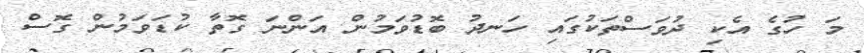
މަ ހުގެ އެކި ދުވަސްތަކުގައި ހަނދު ބޮޑުވަމުން އަންނަ ގޮތާ ކުޑަވަމުން ގޮސް